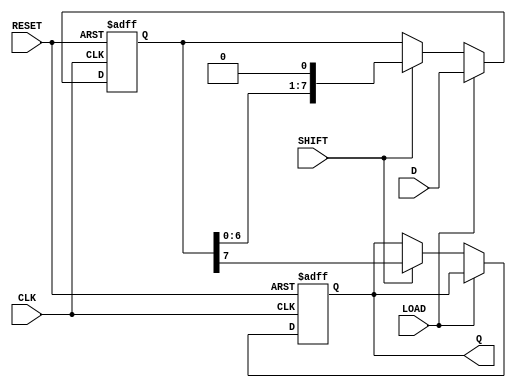
module PISO_Register #(
    parameter WIDTH = 8 // Configurable width of the register
)(
    input wire [WIDTH-1:0] D,     // Parallel Data Input
    input wire LOAD,               // Load Control Signal
    input wire SHIFT,              // Shift Control Signal
    input wire CLK,                // Clock Signal
    input wire RESET,              // Reset Control Signal
    output reg Q                  // Serial Output
);

    reg [WIDTH-1:0] shift_reg;     // Internal shift register

    always @(posedge CLK or posedge RESET) begin
        if (RESET) begin
            shift_reg <= 0;         // Clear the shift register on reset
            Q <= 0;                 // Clear the serial output on reset
        end else if (LOAD) begin
            shift_reg <= D;         // Load parallel data into the shift register
        end else if (SHIFT) begin
            Q <= shift_reg[WIDTH-1]; // Output the MSB of the shift register
            shift_reg <= {shift_reg[WIDTH-2:0], 1'b0}; // Shift left and fill with 0
        end
    end

endmodule